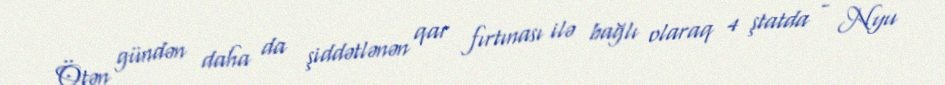
Ötən gündən daha da şiddətlənən qar fırtınası ilə bağlı olaraq 4 ştatda - Nyu